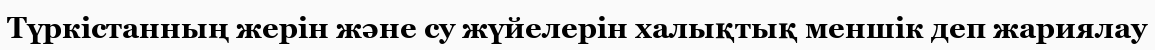
Түркістанның жерін және су жүйелерін халықтық меншік деп жариялау